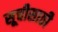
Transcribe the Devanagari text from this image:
सूचीसाठी